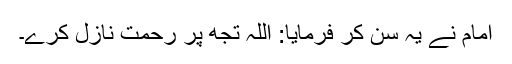
امامؑ نے یہ سن کر فرمایا: اللہ تجھ پر رحمت نازل کرے۔